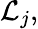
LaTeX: {\mathcal{L}}_{j},